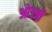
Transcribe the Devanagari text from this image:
ओज्जी